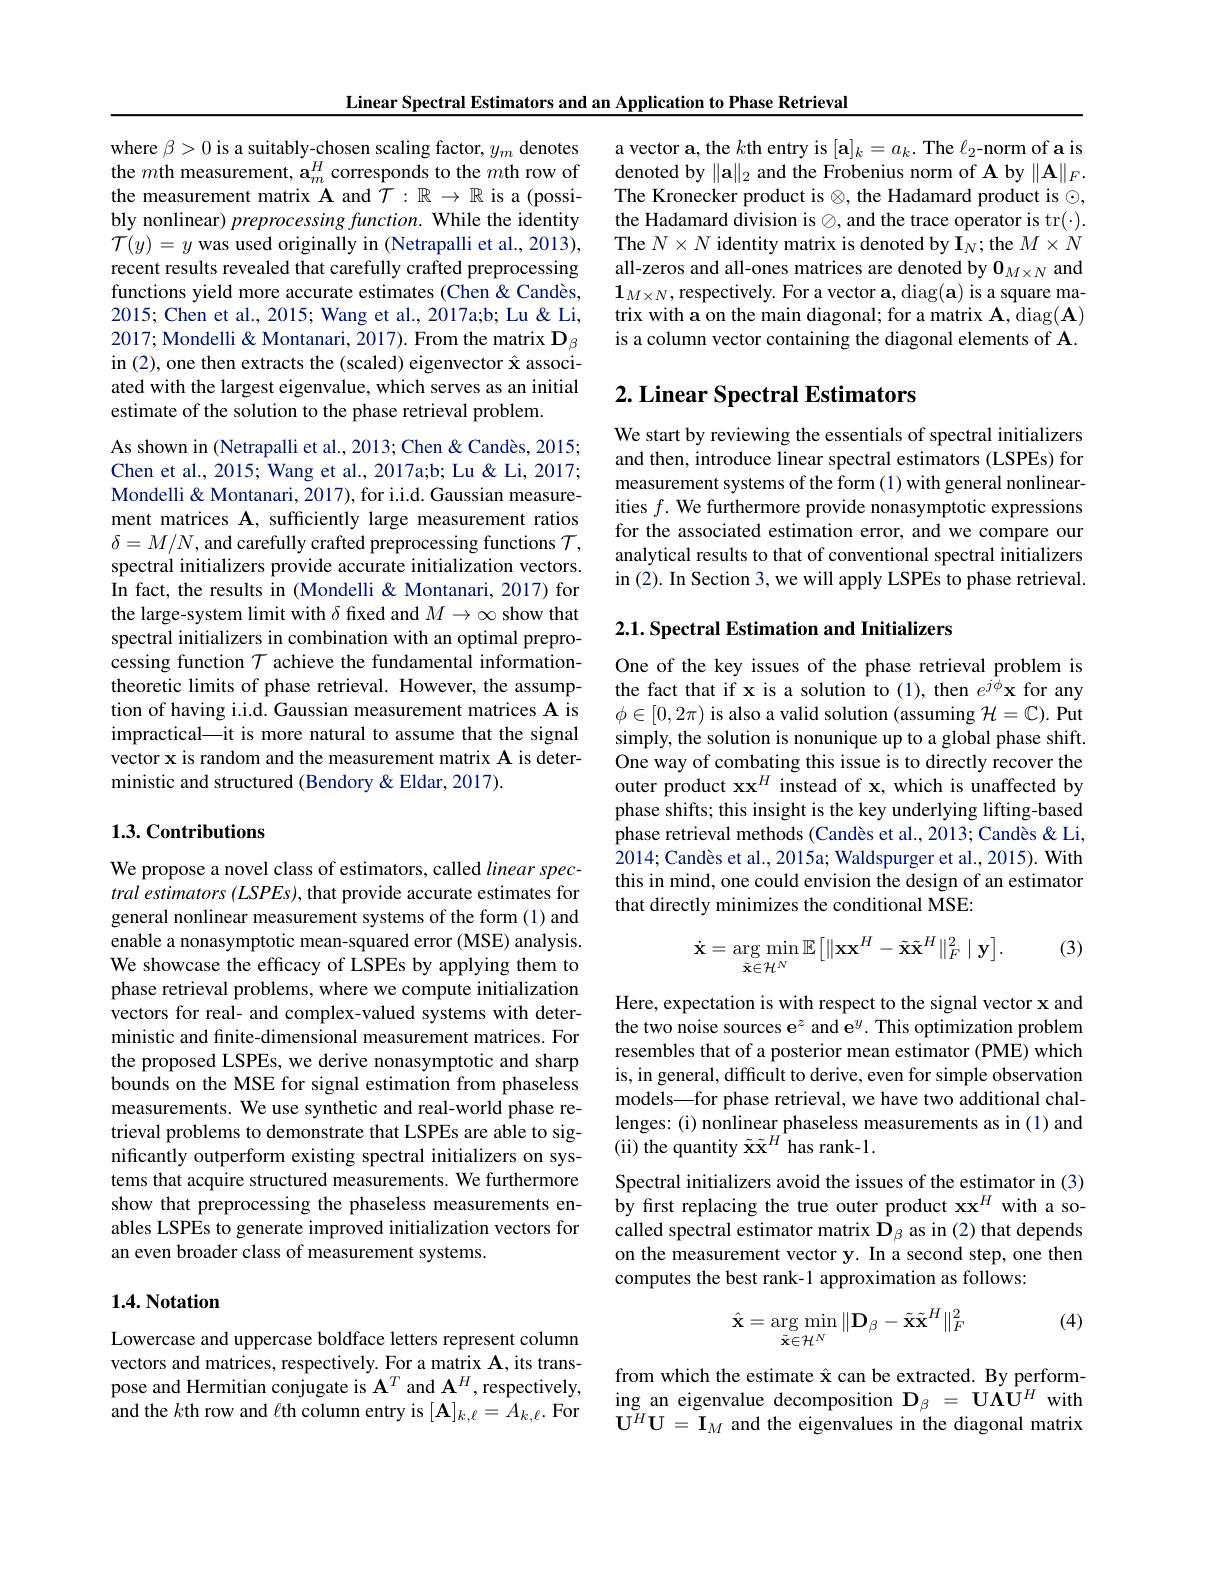
Linear Spectral Estimators and an Application to Phase Retrieval

where $\beta>0$ is a suitably-chosen scaling factor, $y_m$ denotes the $m$th measurement, $\mathbf{a}_m^{H}$ corresponds to the $m$th row of the measurement matrix A and $\mathcal{T}:\mathbb{R}\to\mathbb{R}$ is a(possibly nonlinear) preprocessing function. While the identity $\mathcal{T}(y)=y$ was used originally in (Netrapalli et al., 2013), recent results revealed that carefully crafted preprocessing functions yield more accurate estimates (Chen & Candès, 2015; Chen et al., 2015; Wang et al., 2017a;b; Lu & Li, 2017; Mondelli & Montanari, 2017). From the matrix $\mathbf{D}_{\beta}$ in (2), one then extracts the (scaled) eigenvector $\hat{\mathbf{x}}$ associated with the largest eigenvalue, which serves as an initial estimate of the solution to the phase retrieval problem.

As shown in (Netrapalli et al., 2013; Chen & Candès, 2015; Chen et al., 2015; Wang et al., 2017a;b; Lu & Li, 2017; Mondelli & Montanari, 2017), for i.i.d. Gaussian measurement matrices A, sufficiently large measurement ratios $\delta=M/N$, and carefully crafted preprocessing functions $\mathcal{T}$, spectral initializers provide accurate initialization vectors. In fact, the results in (Mondelli & Montanari, 2017) for the large-system limit with $\delta$ fixed and $M\to\infty$ show that spectral initializers in combination with an optimal preprocessing function $\mathcal{T}$ achieve the fundamental informationtheoretic limits of phase retrieval. However, the assumption of having i.i.d. Gaussian measurement matrices A is impractical—it is more natural to assume that the signal vector x is random and the measurement matrix A is deterministic and structured (Bendory &Eldar, 2017).

## 1.3. Contributions

We propose a novel class of estimators, called linear spectral estimators (LSPEs), that provide accurate estimates for general nonlinear measurement systems of the form (1) and enable a nonasymptotic mean-squared error (MSE) analysis. We showcase the efficacy of LSPEs by applying them to phase retrieval problems, where we compute initialization vectors for real- and complex-valued systems with deterministic and finite-dimensional measurement matrices. For the proposed LSPEs, we derive nonasymptotic and sharp bounds on the MSE for signal estimation from phaseless measurements. We use synthetic and real-world phase retrieval problems to demonstrate that LSPEs are able to significantly outperform existing spectral initializers on systems that acquire structured measurements. We furthermore show that preprocessing the phaseless measurements enables LSPEs to generate improved initialization vectors for an even broader class of measurement systems.

### 1.4. Notation

Lowercase and uppercase boldface letters represent column vectors and matrices, respectively. For a matrix A, its transpose and Hermitian conjugate is $\mathbf{A}^T$ and $\mathbf{A}^H$, respectively, and the $k$th row and $\ell$th column entry is $[\mathbf{A}]_k,\ell=A_{k,\ell}.$ For

a vector a, the $k$th entry is $[\mathbf{a}]_k=a_k.$ The $\ell_2$-norm of a is denoted by $\|\mathbf{a}\|_2$ and the Frobenius norm of A by $\|\mathbf{A}\|_F.$ The Kronecker product is $\otimes$, the Hadamard product is $\odot$, the Hadamard division is $\oslash$, and the trace operator is tr(-). The $N\times N$ identity matrix is denoted by I$_N;$the $M\times N$ all-zeros and all-ones matrices are denoted by $\mathbf{0}_{M\times N}$ and $\mathbf{1}_{M\times N}$,respectively. For a vector $\mathbf{a}$,diag$(\mathbf{a})$ is a square matrix with a on the main diagonal; for a matrix A, diag(A) is a column vector containing the diagonal elements of A.

## $2. \textbf{Linear Spectral Estimators}$

We start by reviewing the essentials of spectral initializers and then, introduce linear spectral estimators (LSPEs) for measurement systems of the form (1) with general nonlinearities $f.$ We furthermore provide nonasymptotic expressions for the associated estimation error, and we compare our analytical results to that of conventional spectral initializers in (2). In Section 3, we will apply LSPEs to phase retrieval.

2.1. Spectral Estimation and Initializers

One of the key issues of the phase retrieval problem is the fact that if x is a solution to (1), then $e^j\hat{\phi}\mathbf{x}$ for any $\phi\in[0,2\pi)$ is also a valid solution (assuming $\mathcal{H}=\mathbb{C}).$ Put simply, the solution is nonunique up to a global phase shift. One way of combating this issue is to directly recover the outer product $\mathbf{x}\mathbf{x}^H$ instead of x, which is unaffected by phase shifts; this insight is the key underlying lifting-based phase retrieval methods (Candès et al., 2013; Candès & Li, $2014; \text{Cand\`{e} s et al. , 2015a; Waldspurger et al. , 2015) . With}$ this in mind, one could envision the design of an estimator that directly minimizes the conditional MSE:

(3)
$$\dot{\mathbf{x}}=\arg\min_{\tilde{\mathbf{x}}\in\mathcal{H}^{N}}\mathbb{E}\big[\|\mathbf{x}\mathbf{x}^{H}-\tilde{\mathbf{x}}\tilde{\mathbf{x}}^{H}\|_{F}^{2}\:\big|\:\mathbf{y}\big].$$
Here, expectation is with respect to the signal vector x and the two noise sources $\mathrm{e}^z$ and e$^y.$ This optimization problem resembles that of a posterior mean estimator (PME) which is, in general, difficult to derive, even for simple observation models—for phase retrieval, we have two additional challenges:(i) nonlinear phaseless measurements as in (1) and (ii) the quantity $\tilde{\mathbf{x}}\tilde{\mathbf{x}}^{H}$has rank-1.
Spectral initializers avoid the issues of the estimator in (3) by frst replacing the true outer product xx$^H$ with a socalled spectral estimator matrix $\mathbf{D}_{\beta}$ as in (2) that depends on the measurement vector y. In a second step, one then computes the best rank-1 approximation as follows:

(4)
$$\hat{\mathbf{x}}=\arg\min_{\tilde{\mathbf{x}}\in\mathcal{H}^{N}}\|\mathbf{D}_{\beta}-\tilde{\mathbf{x}}\tilde{\mathbf{x}}^{H}\|_{F}^{2}$$
from which the estimate Â can be extracted. By performing an eigenvalue decomposition $\mathbf{D}_{\beta}=\mathbf{U\Lambda U}^{H}$ with $\mathbf{U}^{H}\mathbf{U}=\mathbf{I}_{M}$ and the eigenvalues in the diagonal matrix